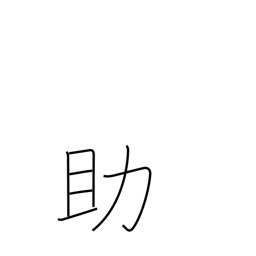
Meaning: assist